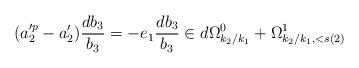
LaTeX: \begin{align*} (a_2'^p-a_2')\frac{db_3}{b_3}=-e_1\frac{db_3}{b_3} \in d \Omega^0_{k_2/k_1}+\Omega^1_{k_2/k_1,<s(2)}\end{align*}